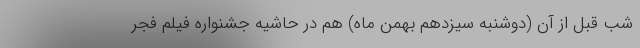
شب قبل از آن (دوشنبه سیزدهم بهمن ماه) هم در حاشیه جشنواره فیلم فجر